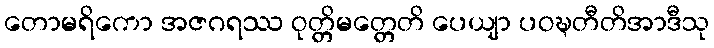
တောမရိကော အဇဂရဿ ဝုတ္တိမတ္တေတိ ပေယျာ ပဝဍ္ဎတီတိအာဒီသု